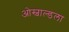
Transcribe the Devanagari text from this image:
ओस्वाल्डला